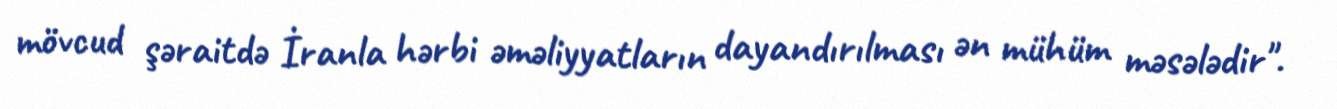
mövcud şəraitdə İranla hərbi əməliyyatların dayandırılması ən mühüm məsələdir".